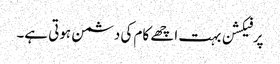
پرفیکشن بہت اچھے کام کی دشمن ہوتی ہے۔